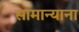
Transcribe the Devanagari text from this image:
सामान्याना